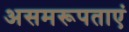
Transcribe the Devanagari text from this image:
असमरूपताएं